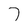
Character: 7